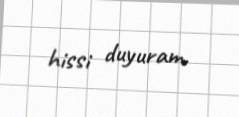
hissi duyuram.